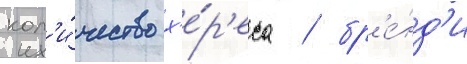
кол'и́чество х'е́р'еса / бр'е́нд'и